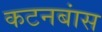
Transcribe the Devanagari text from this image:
कटनबांस